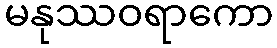
မနုဿဝရာကော